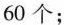
60个；